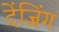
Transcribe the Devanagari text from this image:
देंजिंग